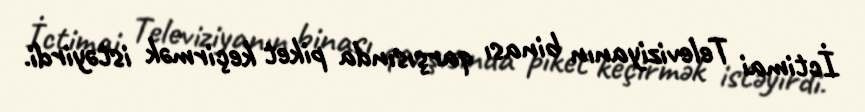
İctimai Televiziyanın binası qarşısında piket keçirmək istəyirdi.